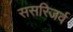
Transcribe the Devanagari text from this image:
ससरिजर्व